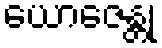
ယောဇေန္တု